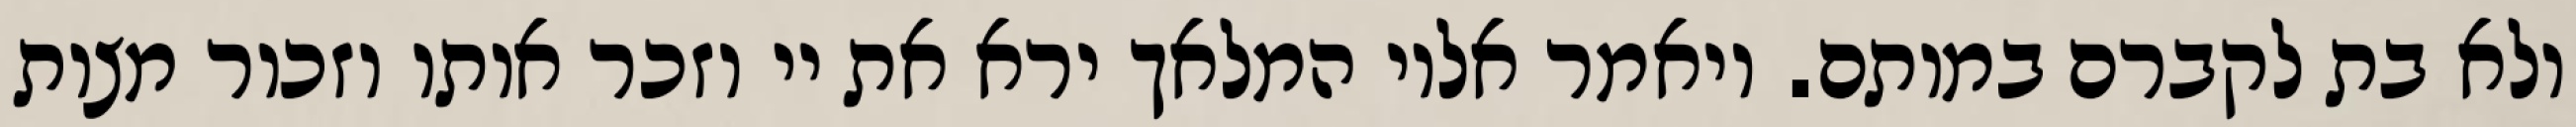
ולא בת לקברם במותם. ויאמר אליו המלאך ירא את יי וזכר אותו וזכור מצות